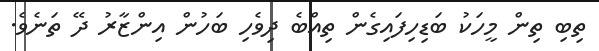
ތިބި ތިން މީހަކު ބަޑިހިފައިގެން ތިއްބެ ދިވެހި ބަހުން އިންޒާރު ދޭ ތަނެވެ.